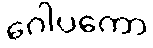
ဂေါပကော